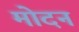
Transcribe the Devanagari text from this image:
मोदन